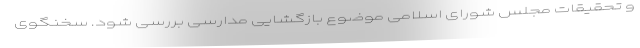
و تحقیقات مجلس شورای اسلامی موضوع بازگشایی مدارسی بررسی شود. سخنگوی